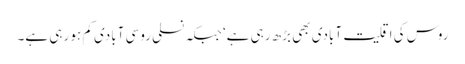
روس کی اقلیت آبادی بھی بڑھ رہی ہے‘ جبکہ نسلی روسی آبادی کم ہو رہی ہے۔